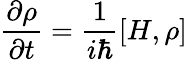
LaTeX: {\frac{\partial\rho}{\partial t}}={\frac{1}{i\hbar}}[H,\rho]